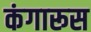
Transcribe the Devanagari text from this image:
कंगारूस